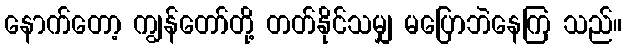
နောက်တော့ ကျွန်တော်တို့ တတ်နိုင်သမျှ မပြောဘဲနေကြ သည်။